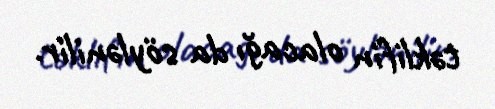
təklifin olacağı da söylənilir.